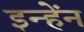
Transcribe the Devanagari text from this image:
इन्हेंन